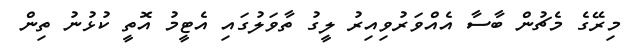
މިރޭގެ މެޗުން ބާސާ އެއްވަރުވިއިރު ލީގު ތާވަލުގައި އެޓީމު އޮތީ ކުޅުނު ތިން